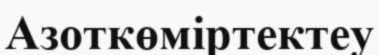
Азоткөміртектеу